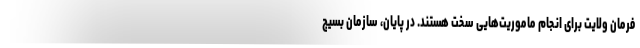
فرمان ولایت برای انجام ماموریت‌هایی سخت هستند. در پایان، سازمان بسیج